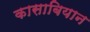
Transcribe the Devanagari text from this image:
कासाबियान